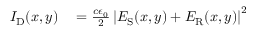
\begin{array} { r l } { I _ { \mathrm { D } } ( x , y ) } & { { } = \frac { c \epsilon _ { 0 } } { 2 } \left| E _ { \mathrm { S } } ( x , y ) + E _ { \mathrm { R } } ( x , y ) \right| ^ { 2 } } \end{array}